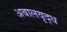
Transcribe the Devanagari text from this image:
अबालवृद्ध